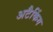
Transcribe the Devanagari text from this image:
अटैकिंग